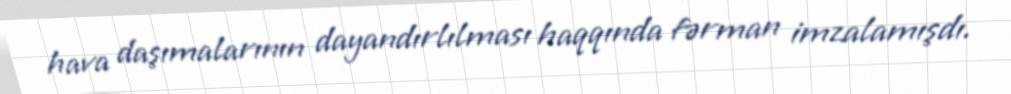
hava daşımalarının dayandırlılması haqqında fərman imzalamışdı.